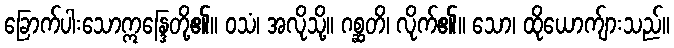
ခြောက်ပါးသောဣန္ဒြေတို့၏။ ဝသံ၊ အလိုသို့။ ဂစ္ဆတိ၊ လိုက်၏။ သော၊ ထိုယောက်ျားသည်။